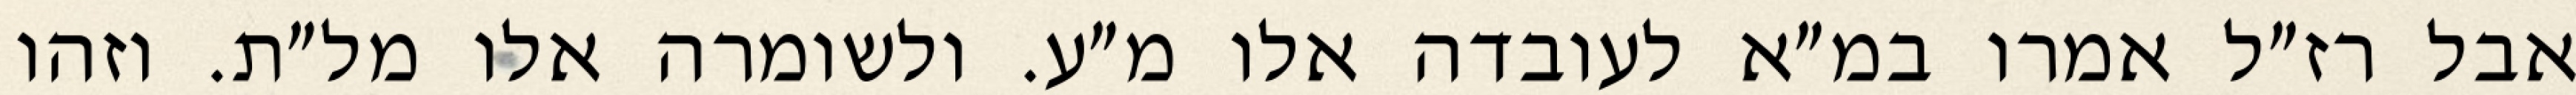
אבל רז״ל אמרו במ״א לעובדה אלו מ״ע. ולשומרה אלו מל״ת. וזהו